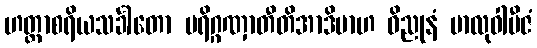
ဟတ္ထာစရိယသင်္ခါတော ပရိဂ္ဂဏှာတီတိအာဒိမာဟ ဝိညုနံ မာလုဝါဗီဇံ